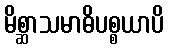
မိစ္ဆာသမာဓိပစ္စယာပိ